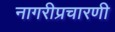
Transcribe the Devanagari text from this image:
नागरीप्रचारणी